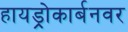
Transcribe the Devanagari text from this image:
हायड्रोकार्बनवर